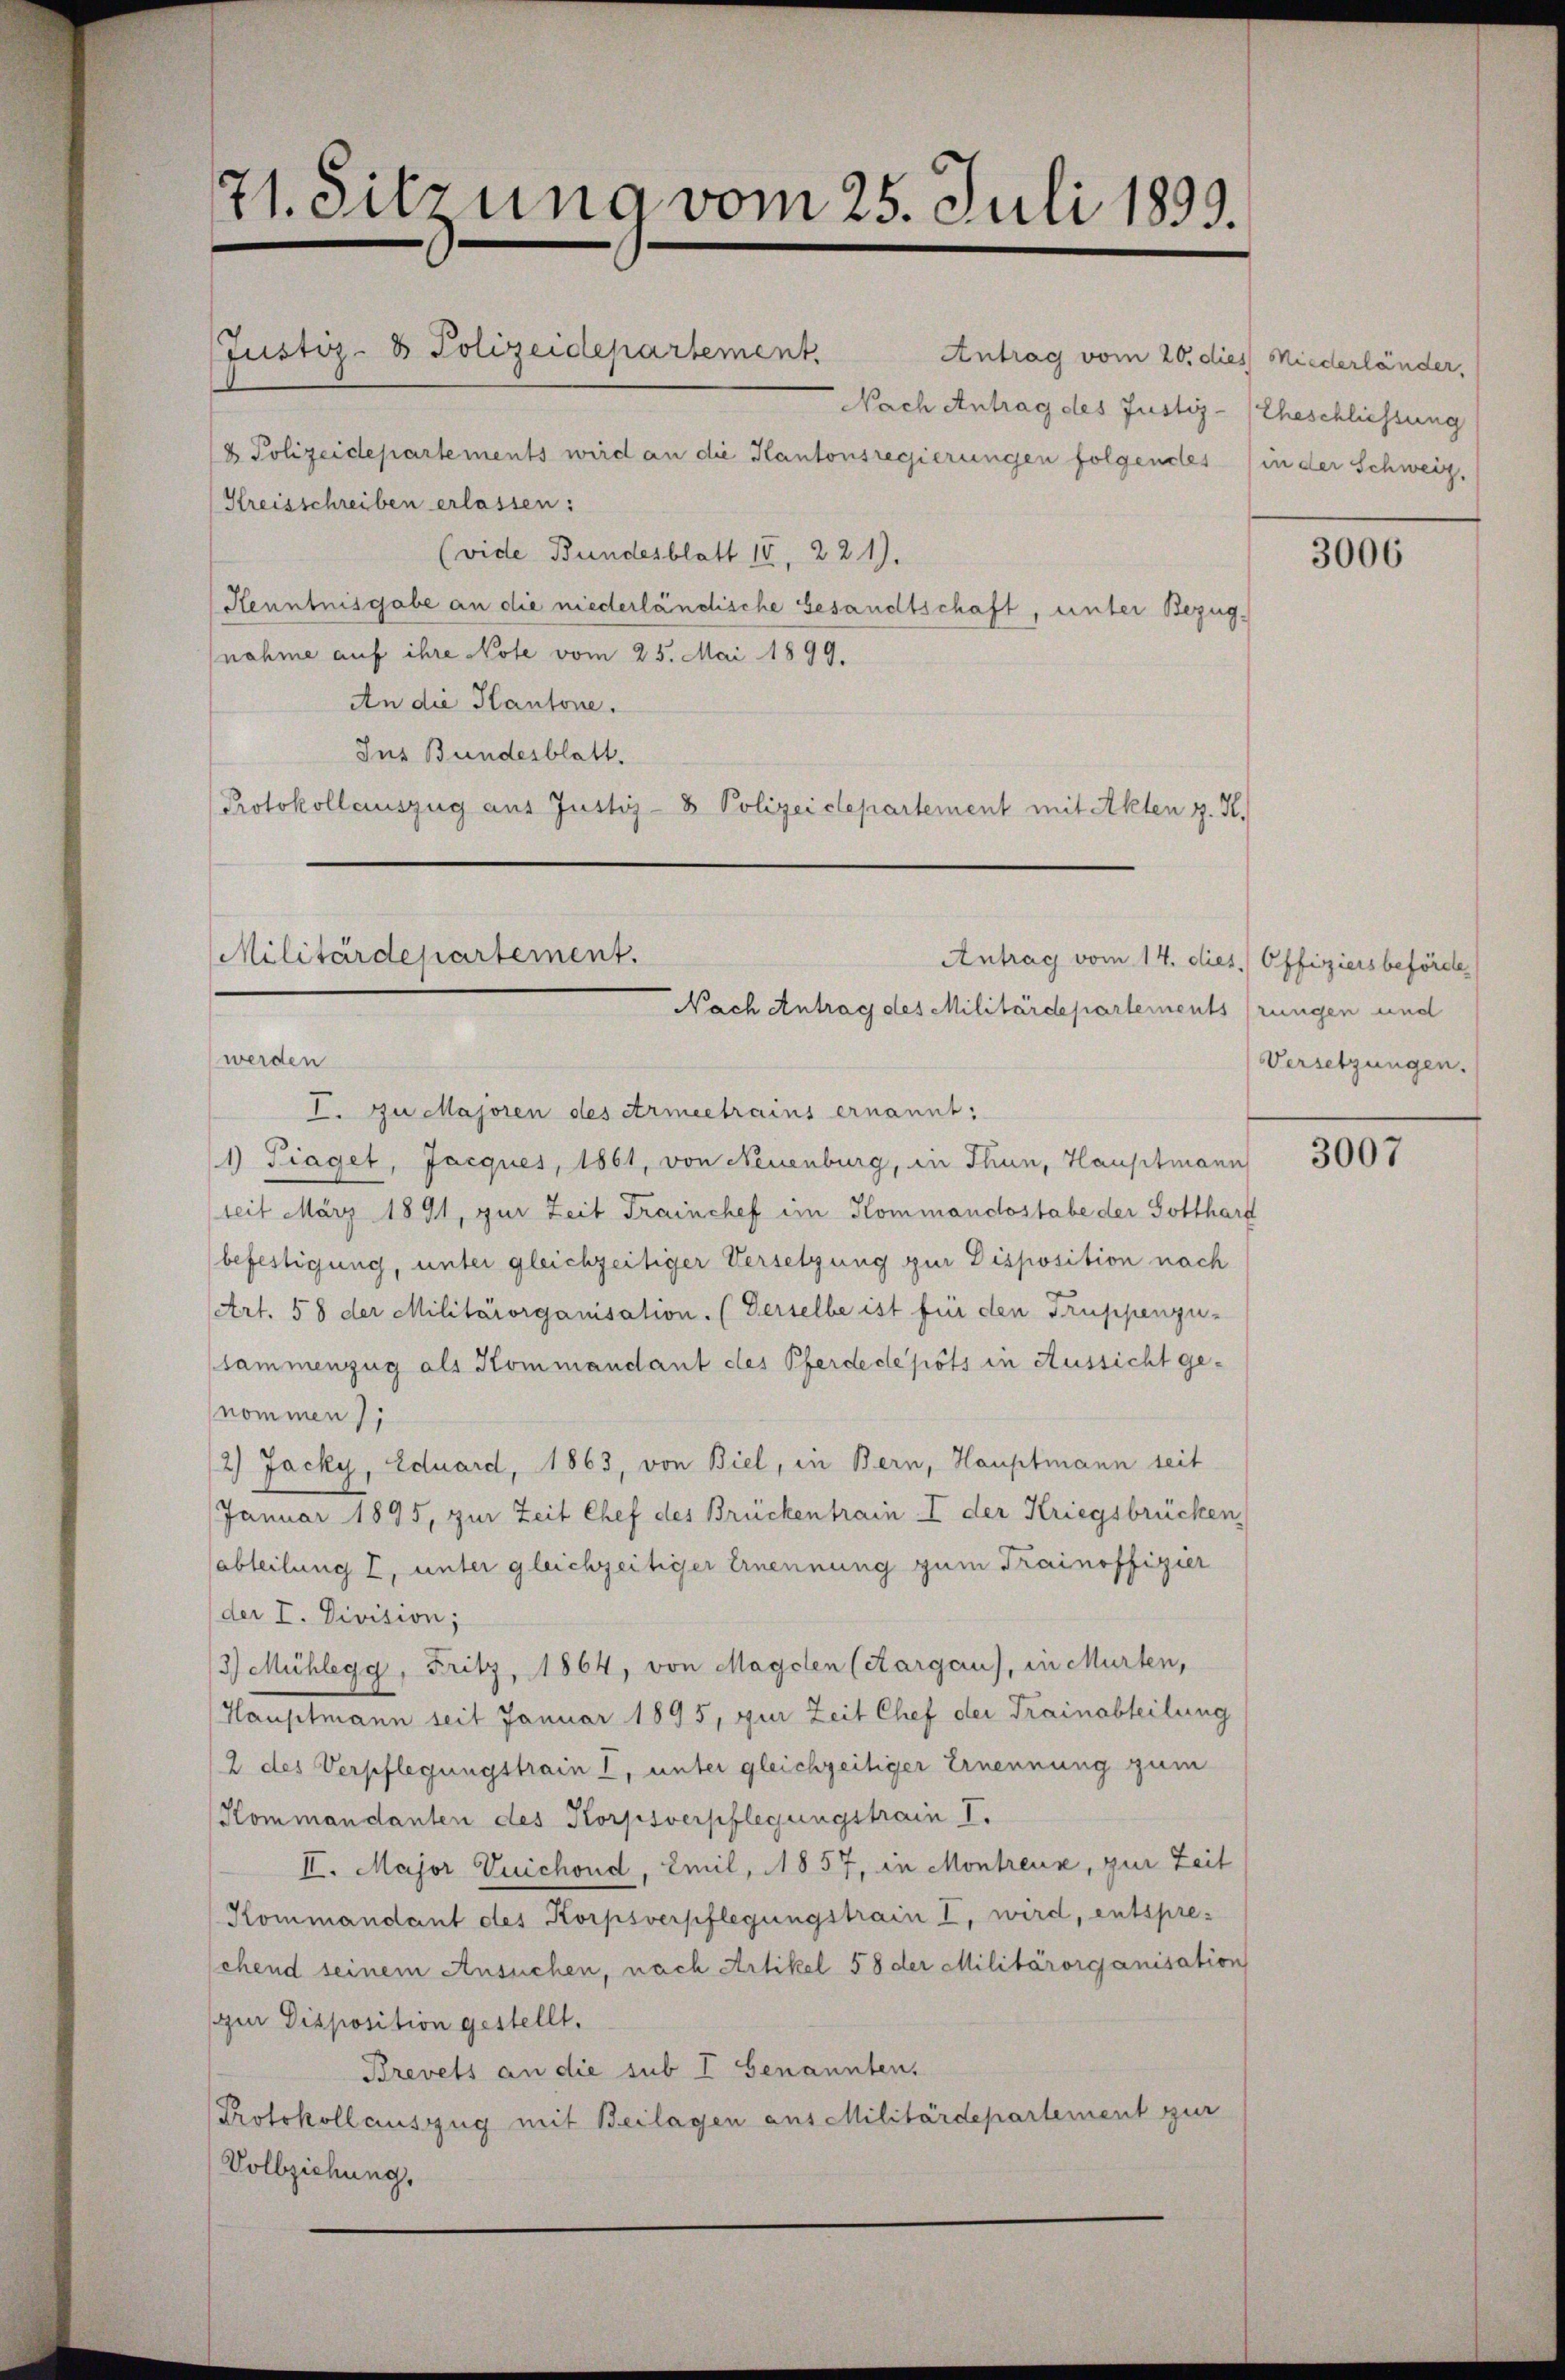
Justiz- & Polizeidepartement.
Antrag vom 20. dies Niederländer,
Nach Antrag des Justiz- (Eheschliessung
Kreisschreiben erlassen:
(vide Bundesblatt 15, 221).
Henntnisgabe an die niederländische Gesandtschaft, unter Bezugnahme auf ihre Note vom 25. Mai 1899.
An die Kantone.
Jus Bundesblatt.
Protokollauszug aus Justiz- & Polizeidepartement mit Akten z. H.

71. Sitzung vom 25. Juli 1899.

Polizeidepartements wird an die Kantonsregierungen folgendes (in der Schweiz.

Antrag vom 14. dies. Offiziers beförde
werden
I. Zu Majoren des Armeetrains ernannt:
1) Traget, Jacques, 1861, von Neuenburg, in Thun, Hauptmann
seit März 1891, zur Zeit Trainchef im Kommandostabe der Gotthard
befestigung, unter gleichzeitiger Versetzung zur Disposition nach
Art. 58 der Militärorganisation. (Gerselbe ist für den Truppenzu-
sammenzug als Kommandant des Pferde depots in Aussicht ge-
nommen);
2) Jacky, Eduard, 1863, von Biel, in Bern, Hauptmann seit
Januar 1895, zur Zeit Chef des Brückentrain I der Kriegsbrücken,
abteilung I, unter gleichzeitiger Ernennung zum Trainoffizier
der I. Division;
3) Mühlegg, Fritz, 1864, von Magdlen (Kargau), in Murten,
Hauptmann seit Januar 1895, zur Zeit Chef der Trainabteilung
2 des Verpflegungstrain I, unter gleichzeitiger Ernennung zum
Kommandanten des Korpsverpflegungstrain I.
II. Major Vuichond, Emil, 1857, in Montreux, zur Zeit
Kommandant des Korpsverpflegungstrain I, wird, entspre-
sehend seinem Ansuchen, nach Artikel 58 der Militärorganisation
spur Disposition gestellt.
Brevets an die sub I Genannten.
Protokollauszug mit Beilagen aus Militärdepartement zur
Vollziehung,

Militärdepartement.
Nach Antrag des Militärdepartements (rungen und

3006

Versetzungen.

3007